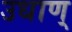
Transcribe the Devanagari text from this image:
उधाण्